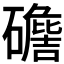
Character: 𥖷